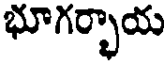
భూగర్భాయ